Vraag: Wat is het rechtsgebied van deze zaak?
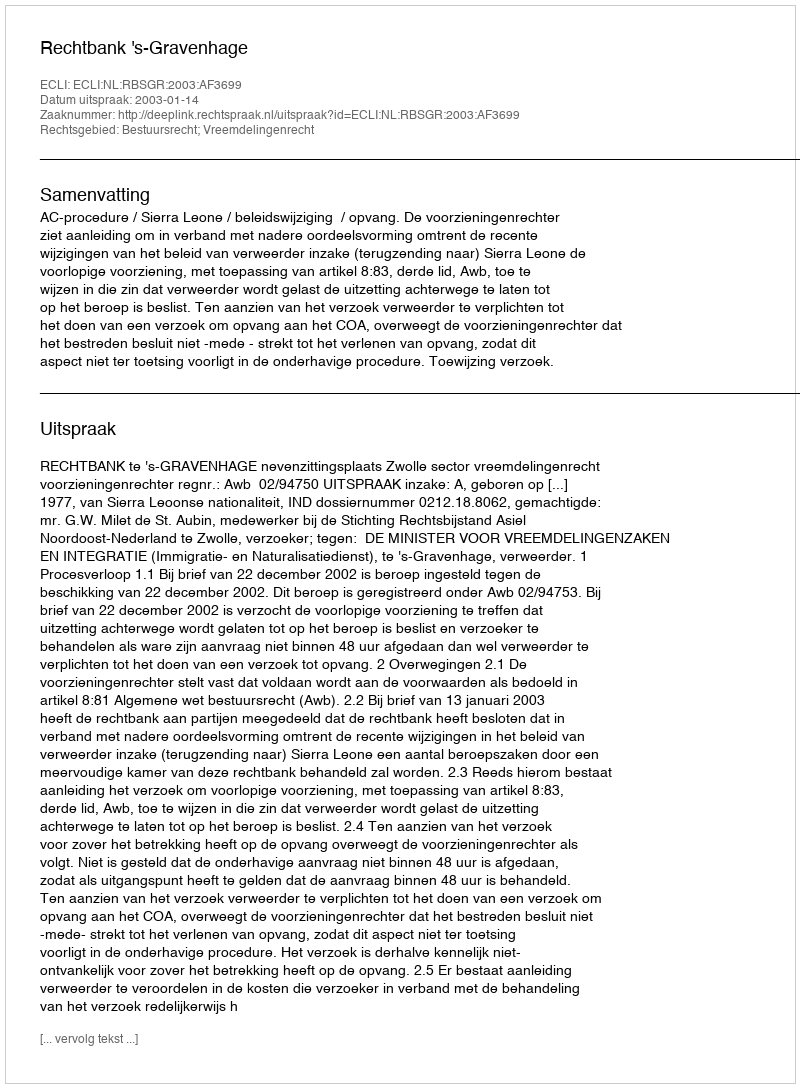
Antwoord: Bestuursrecht; Vreemdelingenrecht